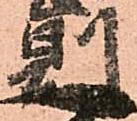
則